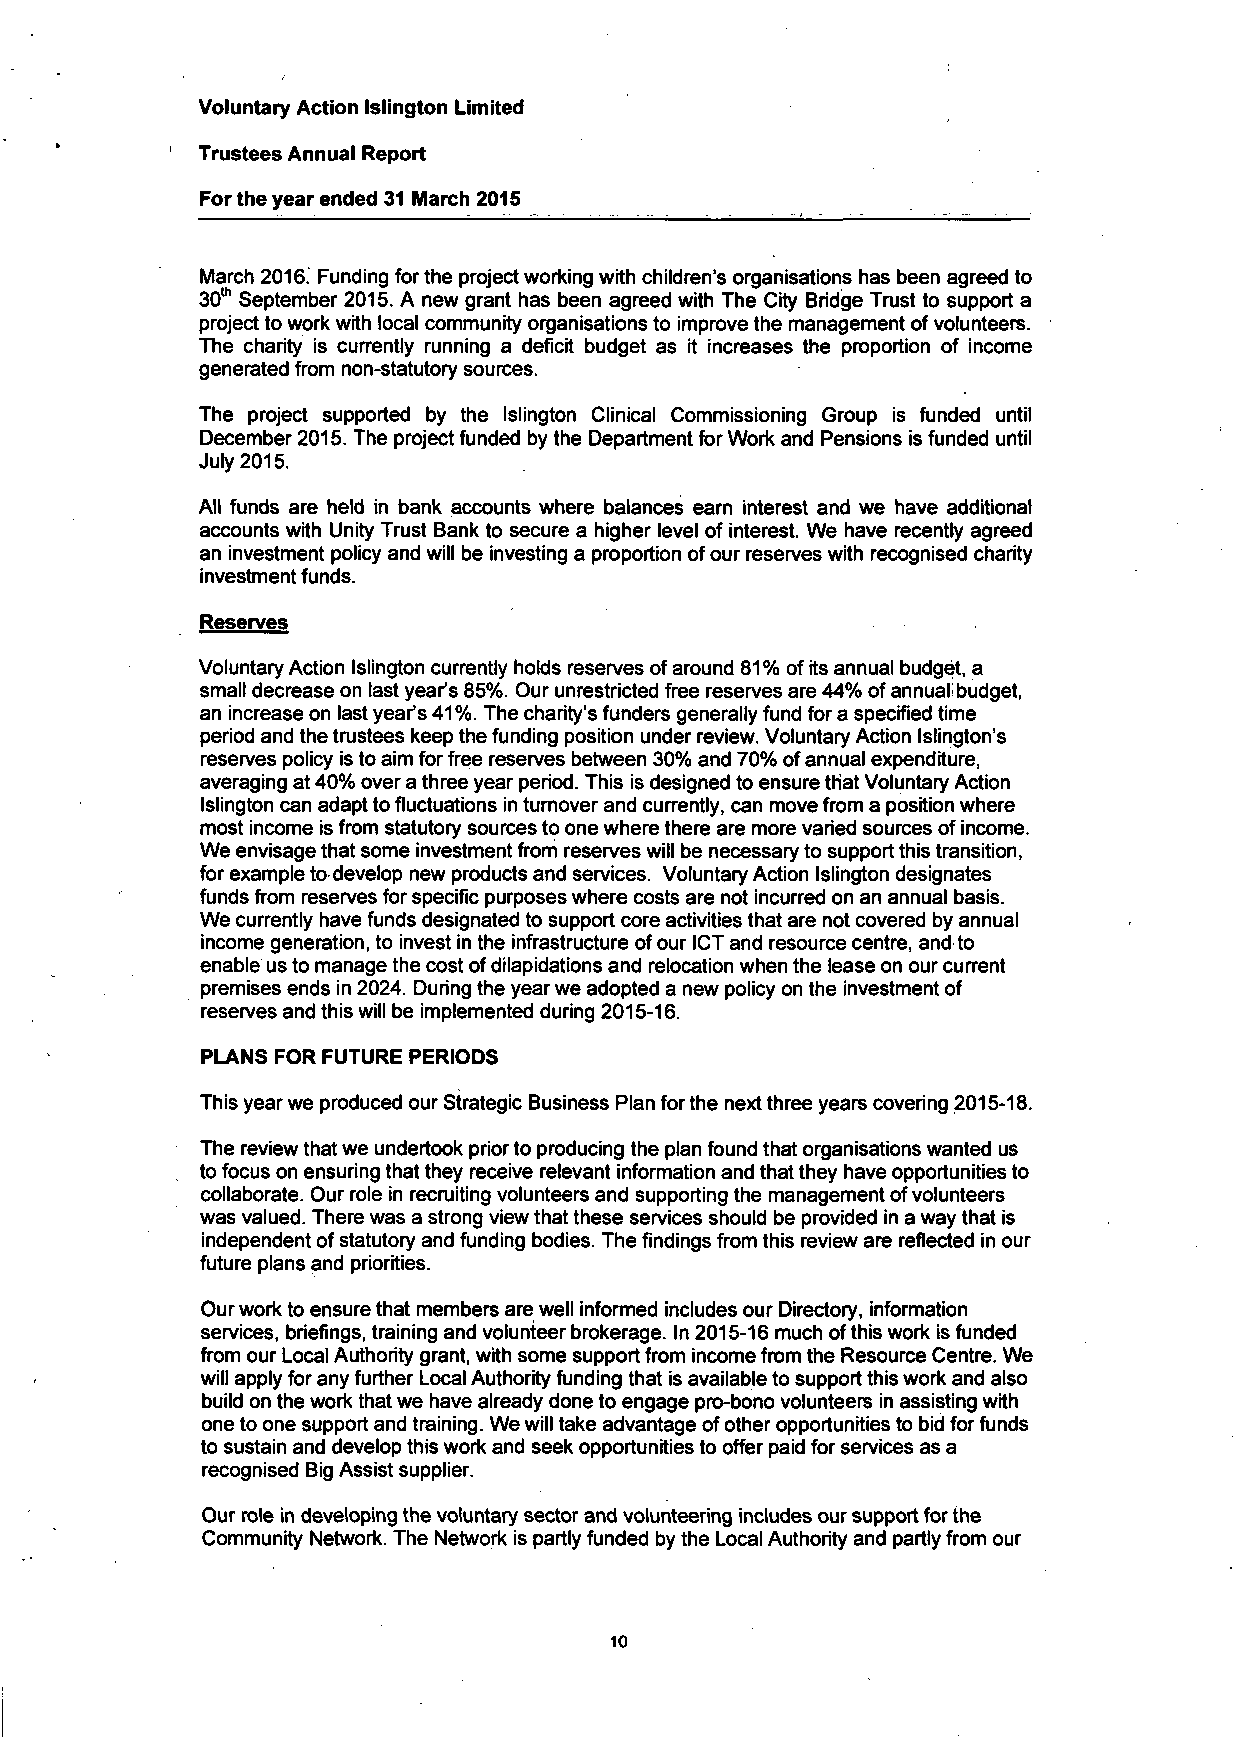
Voluntary Action Islington Limited
 Trustees Annual Report
 For the year ended 31 March 2015
 March 2016. Funding for the project working with children's organisations has been agreed to
 30th September 2015. A new grant has been agreed with The City Bridge Trust to support a
 project to work with local community organisations to improve the management of volunteers.
 The charity is currently running a deficit budget as it increases the proportion of income
 generated from non-statutory sources.
 The project supported by the Islington Clinical Commissioning Group is funded until
 December 2015. The project funded by the Department for Work and Pensions is funded until
 July 2015.
 All funds are held in bank accounts where balances earn interest and we have additional
 accounts with Unity Trust Bank to secure a higher level of interest. We have recently agreed
 an investment policy and will be investing a proportion of our reserves with recognised charity
 investment funds.
 Reserves
 Voluntary Action Islington currently holds reserves of around 81% of its annual budget, a
 small decrease on last year's 85%. Our unrestricted free reserves are 44% of annual: budget,
 an increase on last year's 41%. The charity's funders generally fund for a specified time
 period and the trustees keep the funding position under review. Voluntary Action Islington's
 reserves policy is to aim for free reserves between 30% and 70% of annual expenditure,
 averaging at 40% over a three year period. This is designed to ensure that Voluntary Action
 Islington can adapt to fluctuations in turnover and currently, can move from a position where
 most income is from statutory sources to one where there are more varied sources of income.
 We envisage that some investment from reserves will be necessary to support this transition,
 for example to develop new products and services. Voluntary Action Islington designates
 funds from reserves for specific purposes where costs are not incurred on an annual basis.
 We currently have funds designated to support core activities that are not covered by annual
 income generation, to invest in the infrastructure ofour ICT and resource centre, and to
 enable us to manage the cost of dilapidations and relocation when the lease on our current
 premises ends in 2024. During the year we adopted a new policy on the investment of
 reserves and this will be implemented during 2015-16.
 PLANS FOR FUTURE PERIODS
 This year we produced our Strategic Business Plan for the next three years covering 2015-18.
 The review that we undertook prior to producing the plan found that organisations wanted us
 to focus on ensuring that they receive relevant information and that they have opportunities to
 collaborate. Our role in recruiting volunteers and supporting the management of volunteers
 was valued. There was a strong view that these services should be provided in a way that is
 independent of statutory and funding bodies. The findings from this review are reflected in our
 future plans and priorities.
 Our work to ensure that members are well informed includes our Directory, information
 services, briefings, training and volunteer brokerage. In 2015-16 much of this work is funded
 from our Local Authority grant, with some support from income from the Resource Centre. We
 will apply for any further Local Authority funding that is available to support this work and also
 build on the work that we have already done to engage pro-bono volunteers in assisting with
 one to one support and training. We will take advantage of other opportunities to bid for funds
 to sustain and develop this work and seek opportunities to offer paid for services as a
 recognised Big Assist supplier.
 Our role in developing the voluntary sector and volunteering includes our support for the
 Community Network. The Network is partly funded by the Local Authority and partly from our
 10